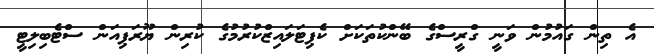
އެ ތިން ގައުމުން ވަނީ ގްރީސްގެ ބޭންކުތަކަށް ކެޕިޓަލައިޒްކުރުމުގެ ކުރިން ޔޫރަޕިއަން ސްޓެބިލިޓީ